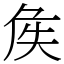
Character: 𡘓